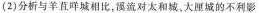
(2)分析与羊直咩城相比，溪流对太和城、大厘城的不利影